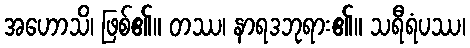
အဟောသိ၊ ဖြစ်၏။ တဿ၊ နာရဒဘုရား၏။ သရီရံပဿ၊